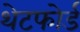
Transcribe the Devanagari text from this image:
थेटफोर्ड